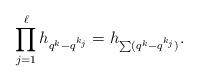
LaTeX: \begin{align*}\prod_{j=1}^{\ell} h_{q^k-q^{k_j}} = h_{\sum (q^k-q^{k_j})}.\end{align*}